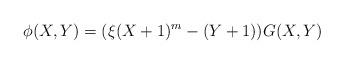
LaTeX: \begin{align*}\phi(X,Y)=(\xi(X+1)^m-(Y+1))G(X,Y)\end{align*}